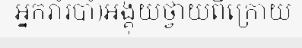
អ្នករាំរបាំ)អង្គុយថ្វាយពីក្រោយ